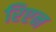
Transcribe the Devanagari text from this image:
रिएन